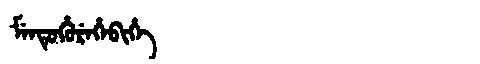
Manchu: ᠮᡝᠨᡨᡠᡥᡠᡵᡝᡥᡝᠪᡳᡥᡝ
Romanization: MENTUHUREHEBIHE